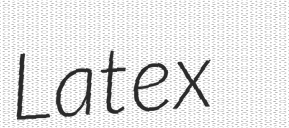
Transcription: Latex